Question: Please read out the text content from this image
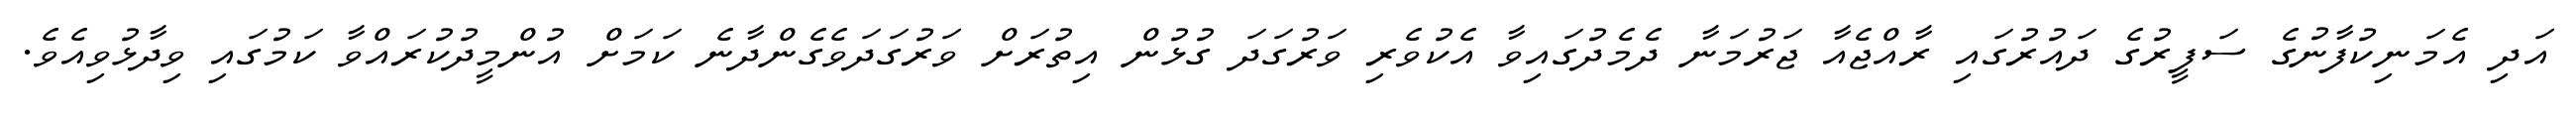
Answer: އަދި އެމަނިކުފާނުގެ ސަފީރުގެ ދައުރުގައި ރާއްޖެއާ ޖަރުމަނާ ދެމެދުގައިވާ އެކުވެރި ވަރުގަދަ ގުޅުން އިތުރަށް ވަރުގަދަވެގެންދާނެ ކަމަށް އުންމީދުކުރައްވާ ކަމުގައި ވިދާޅުވިއެވެ.